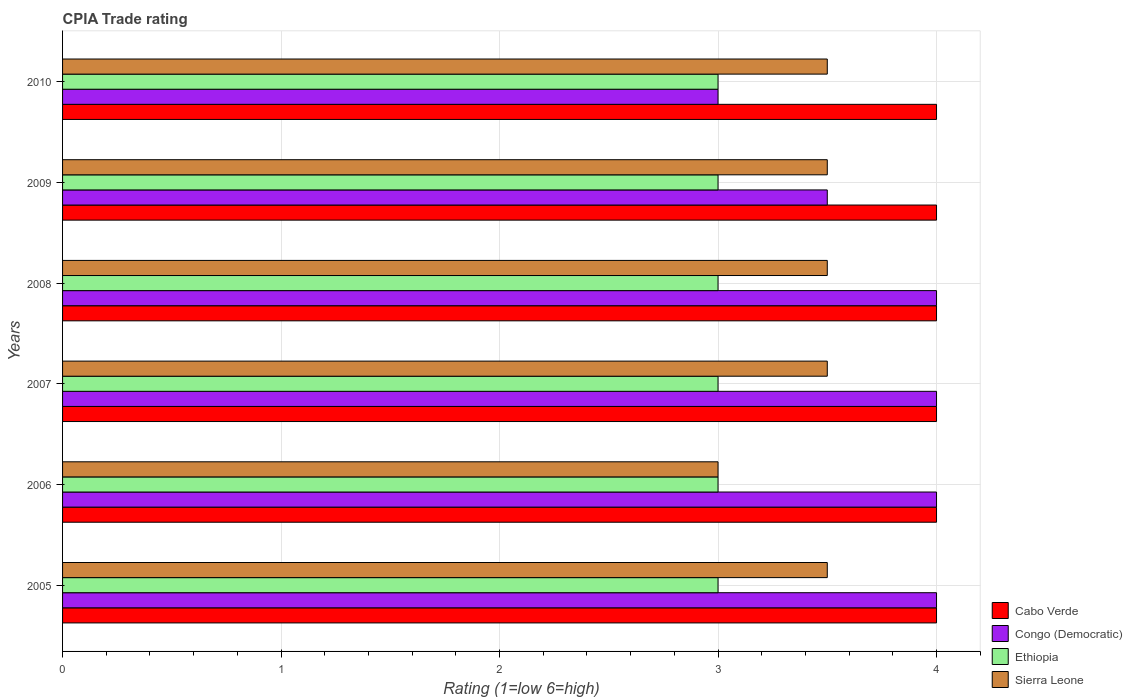
| Years | Cabo Verde | Congo (Democratic) | Ethiopia | Sierra Leone |
 | --- | --- | --- | --- | --- |
 | 2005 | 4 | 4 | 3 | 3.5 |
 | 2006 | 4 | 4 | 3 | 3 |
 | 2007 | 4 | 4 | 3 | 3.5 |
 | 2008 | 4 | 4 | 3 | 3.5 |
 | 2009 | 4 | 3.5 | 3 | 3.5 |
 | 2010 | 4 | 3 | 3 | 3.5 |